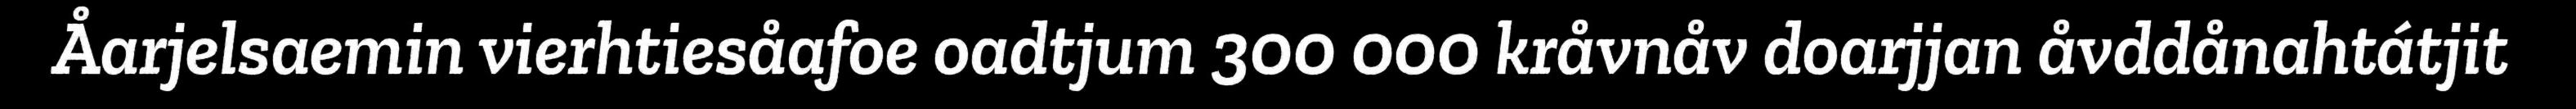
Åarjelsaemin vierhtiesåafoe oadtjum 300 000 kråvnåv doarjjan åvddånahtátjit